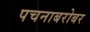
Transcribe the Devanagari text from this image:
पचनाबरोबर